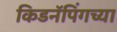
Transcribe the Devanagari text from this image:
किडनॅपिंगच्या